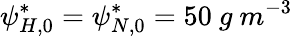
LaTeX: \psi_{H,0}^{*}=\psi_{N,0}^{*}=50\ g\ m^{-3}